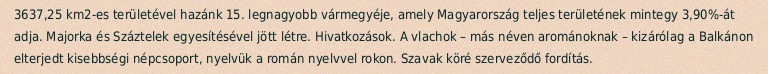
3637,25 km2-es területével hazánk 15. legnagyobb vármegyéje, amely Magyarország teljes területének mintegy 3,90%-át adja. Majorka és Száztelek egyesítésével jött létre. Hivatkozások. A vlachok – más néven arománoknak – kizárólag a Balkánon elterjedt kisebbségi népcsoport, nyelvük a román nyelvvel rokon. Szavak köré szerveződő fordítás.